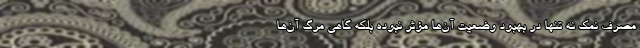
مصرف نمک نه تنها در بهبود وضعیت آن‌ها مؤثر نبوده بلکه گاهی مرگ آن‌ها